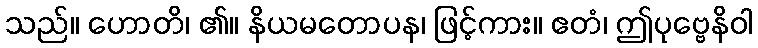
သည်။ ဟောတိ၊ ၏။ နိယမတောပန၊ ဖြင့်ကား။ ဧတံ၊ ဤပုဗ္ဗေနိဝါ